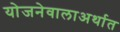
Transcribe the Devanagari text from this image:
योजनेवालाअर्थात